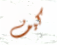
كيف